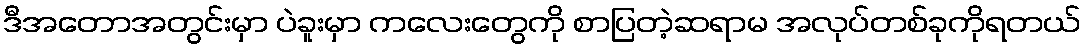
ဒီအတောအတွင်းမှာ ပဲခူးမှာ ကလေးတွေကို စာပြတဲ့ဆရာမ အလုပ်တစ်ခုကိုရတယ်